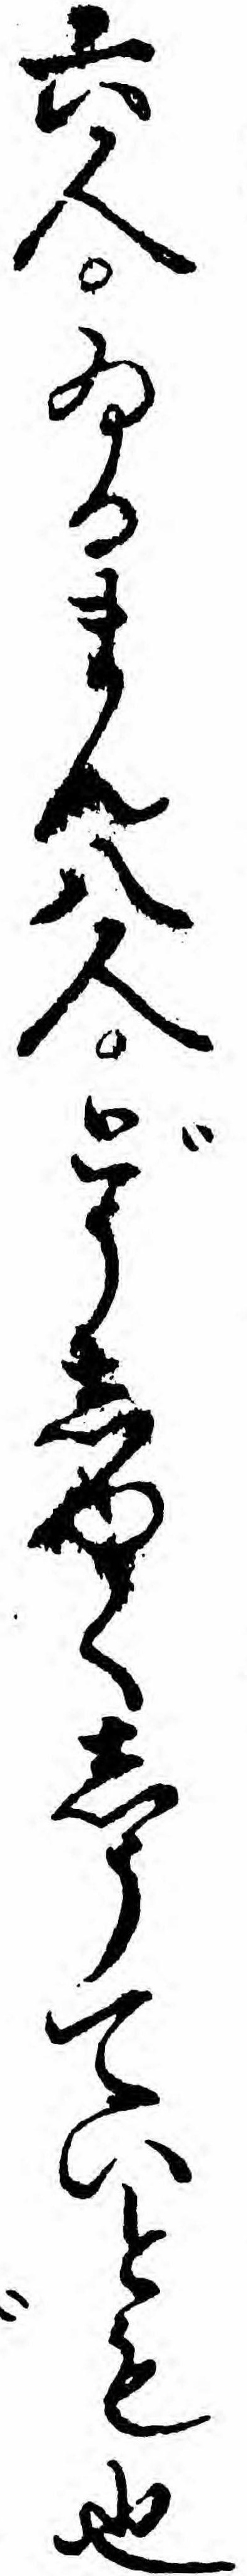
六人ゐるまん八人どうしゆくしうていとも也